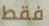
فقط